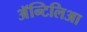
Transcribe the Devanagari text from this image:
अॅन्टिलिआ